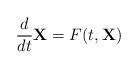
LaTeX: \begin{align*}\frac{d}{dt}\mathbf{X}=F(t,\mathbf{X})\end{align*}